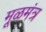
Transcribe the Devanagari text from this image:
मूळमंत्र